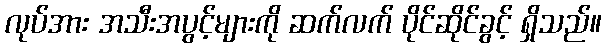
လုပ်အား အသီးအပွင့်များကို ဆက်လက် ပိုင်ဆိုင်ခွင့် ရှိသည်။